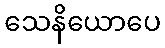
သေနိယောပေ